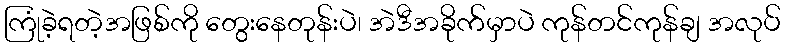
ကြုံခဲ့ရတဲ့အဖြစ်ကို တွေးနေတုန်းပဲ၊ အဲဒီအခိုက်မှာပဲ ကုန်တင်ကုန်ချ အလုပ်